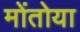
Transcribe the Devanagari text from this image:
मोंतोया